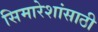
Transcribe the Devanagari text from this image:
सिमारेशांसाठी